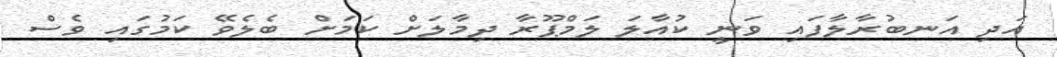
އަދި އަނބުރާލާފައި ވަނީ ކުއާލަ ލަމްޕޫރާ ދިމާލަށް ކަމަށް ބެލެވޭ ކަމުގައި ވެސް